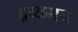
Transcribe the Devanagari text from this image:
द्रव्यमन